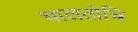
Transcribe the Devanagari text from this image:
चालतोचि